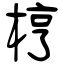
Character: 梈